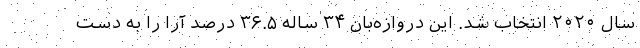
سال ۲۰۲۰ انتخاب شد. این دروازه‌بان ۳۴ ساله ۳۶.۵ درصد آرا را به دست